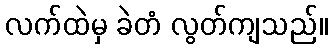
လက်ထဲမှ ခဲတံ လွတ်ကျသည်။